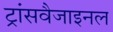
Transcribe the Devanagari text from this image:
ट्रांसवैजाइनल